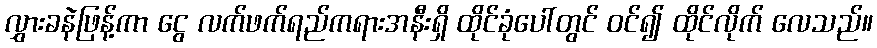
လွှားခနဲဖြန့်ကာ ငွေ လက်ဖက်ရည်ကရားအနီးရှိ ထိုင်ခုံပေါ်တွင် ဝင်၍ ထိုင်လိုက် လေသည်။